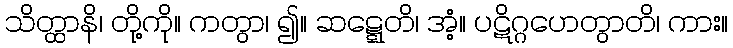
သိတ္ထာနိ၊ တို့ကို။ ကတွာ၊ ၍။ ဆဋ္ဋေတိ၊ အံ့။ ပဋိဂ္ဂဟေတွာတိ၊ ကား။